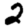
Digit: 2